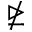
\ntrianglerighteq